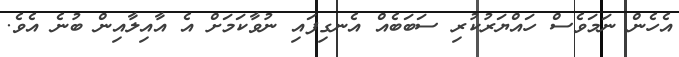
އެހެން ނަމަވެސް ހައްޔަރުކުރި ސަބަބެއް އެނގިފައި ނުވާކަމަށް އެ އާއިލާއިން ބުނެ އެވެ.